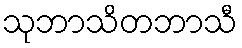
သုဘာသိတဘာသီ